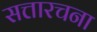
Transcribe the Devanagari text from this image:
सत्तारचना